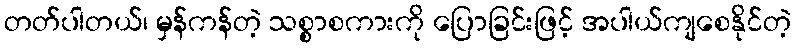
တတ်ပါတယ်၊ မှန်ကန်တဲ့ သစ္စာစကားကို ပြောခြင်းဖြင့် အပါယ်ကျစေနိုင်တဲ့